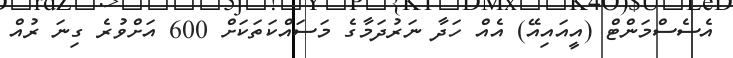
އެސެސްމަންޓް (އީއައިއޭ) އެއް ހަދާ ނަރުދަމާގެ މަސައްކަތަކަށް 600 އަށްވުރެ ގިނަ ރުއް